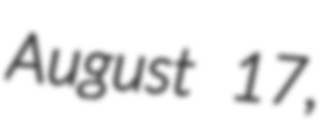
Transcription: August 17,